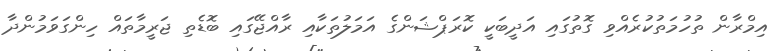
އިމްރާން ތުހުމަތުކުރެއްވި ގޮތުގައި އަދީބަކީ ކޮރަޕްޝަންގެ އަމަލުތަކާއި ރާއްޖޭގައި ބޮޑެތި ޖަރީމާތައް ހިންގަވަމުންދާ